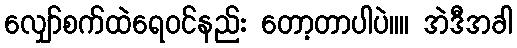
လျှော်စက်ထဲရေ၀င်နည်း တော့တာပါပဲ။။ အဲဒီအခါ